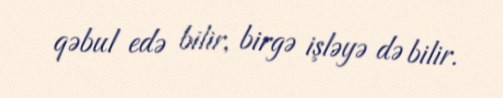
qəbul edə bilir, birgə işləyə də bilir.